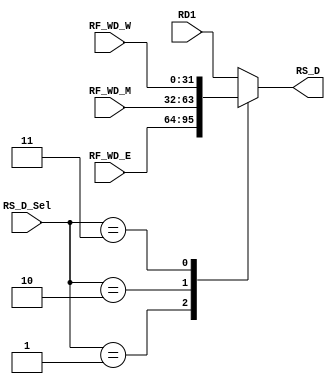
// This program was cloned from: https://github.com/SilenceX12138/MIPS-Microsystems
// License: MIT License

module RS_D_MUX(RS_D_Sel,RD1,RF_WD_E,RF_WD_M,RF_WD_W,RS_D);
//input
    input [31:0] RS_D_Sel;

    input [31:0] RD1;
    input [31:0] RF_WD_E;
    input [31:0] RF_WD_M;
    input [31:0] RF_WD_W;

//output
    output reg [31:0] RS_D;

//logic
    parameter E=1,
              M=2,
              W=3;

    always @(*)
        begin
            RS_D=RD1;
            case(RS_D_Sel)
                E:RS_D=RF_WD_E;
                M:RS_D=RF_WD_M;
                W:RS_D=RF_WD_W;
            endcase
        end

endmodule

module RT_D_MUX(RT_D_Sel,RD2,RF_WD_E,RF_WD_M,RF_WD_W,RT_D);
//input
    input [31:0] RT_D_Sel;

    input [31:0] RD2;
    input [31:0] RF_WD_E;
    input [31:0] RF_WD_M;
    input [31:0] RF_WD_W;

//output
    output reg [31:0] RT_D;

//logic
    parameter E=1,
              M=2,
              W=3;

    always @(*)
        begin
            RT_D=RD2;
            case(RT_D_Sel)
                E:RT_D=RF_WD_E;
                M:RT_D=RF_WD_M;
                W:RT_D=RF_WD_W;
            endcase
        end

endmodule

module RS_E_MUX(RS_E_Sel,V1_E,RF_WD_M,RF_WD_W,RS_E);
//input
    input [31:0] RS_E_Sel;

    input [31:0] V1_E;
    input [31:0] RF_WD_M;
    input [31:0] RF_WD_W;

//output
    output reg [31:0] RS_E;

//logic
    parameter E=1,
              M=2,
              W=3;

    always @(*)
        begin
            RS_E=V1_E;
            case(RS_E_Sel)
                M:RS_E=RF_WD_M;
                W:RS_E=RF_WD_W;
            endcase
        end

endmodule

module RT_E_MUX(RT_E_Sel,V2_E,RF_WD_M,RF_WD_W,RT_E);
//input
    input [31:0] RT_E_Sel;

    input [31:0] V2_E;
    input [31:0] RF_WD_M;
    input [31:0] RF_WD_W;

//output
    output reg [31:0] RT_E;

//logic
    parameter E=1,
              M=2,
              W=3;

    always @(*)
        begin
            RT_E=V2_E;
            case(RT_E_Sel)
                M:RT_E=RF_WD_M;
                W:RT_E=RF_WD_W;
            endcase
        end

endmodule

module RS_M_MUX(RS_M_Sel,V1_M,RF_WD_W,RS_M);
//input
    input [31:0] RS_M_Sel;

    input [31:0] V1_M;
    input [31:0] RF_WD_W;

//output
    output reg [31:0] RS_M;

//logic
    parameter E=1,
              M=2,
              W=3;

    always @(*)
        begin
            RS_M=V1_M;
            case(RS_M_Sel)
                W:RS_M=RF_WD_W;
            endcase
        end

endmodule

module RT_M_MUX(RT_M_Sel,V2_M,RF_WD_W,RT_M);
//input
    input [31:0] RT_M_Sel;

    input [31:0] V2_M;
    input [31:0] RF_WD_W;

//output
    output reg [31:0] RT_M;

//logic
    parameter E=1,
              M=2,
              W=3;

    always @(*)
        begin
            RT_M=V2_M;
            case(RT_M_Sel)
                W:RT_M=RF_WD_W;
            endcase
        end

endmodule